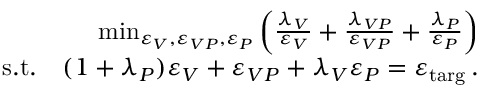
\begin{array} { r } { \operatorname* { m i n } _ { \varepsilon _ { V } , \varepsilon _ { V P } , \varepsilon _ { P } } \left( \frac { \lambda _ { V } } { \varepsilon _ { V } } + \frac { \lambda _ { V P } } { \varepsilon _ { V P } } + \frac { \lambda _ { P } } { \varepsilon _ { P } } \right) } \\ { \mathrm { s . t . } \quad ( 1 + \lambda _ { P } ) \varepsilon _ { V } + \varepsilon _ { V P } + \lambda _ { V } \varepsilon _ { P } = \varepsilon _ { \mathrm { t a r g } } \, . } \end{array}